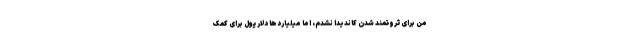
من برای ثروتمند شدن کاندیدا نشدم، اما میلیاردها دلار پول برای کمک